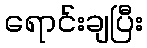
ရောင်းချပြီး